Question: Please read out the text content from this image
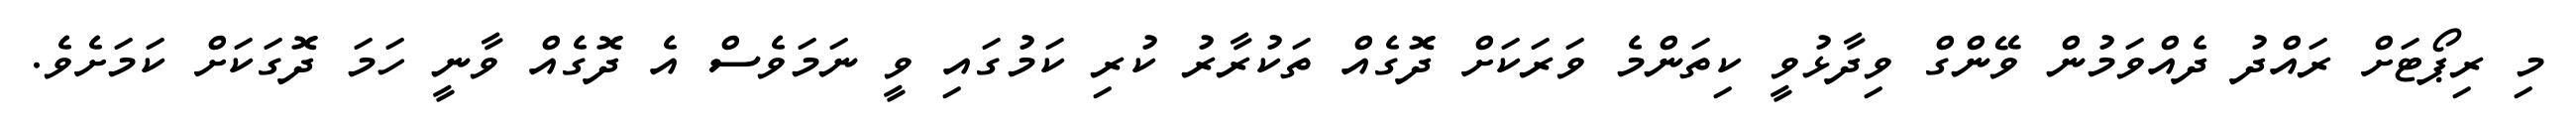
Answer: މި ރިޕޯޓަށް ރައްދު ދެއްވަމުން ވޭންގް ވިދާޅުވީ ކިތަންމެ ވަރަކަށް ދޮގެއް ތަކުރާރު ކުރި ކަމުގައި ވީ ނަމަވެސް އެ ދޮގެއް ވާނީ ހަމަ ދޮގަކަށް ކަމަށެވެ.